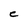
Character: C